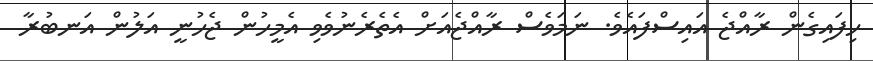
ހިފައިގެން ރާއްޖެ އައިސްފައެވެ. ނަމަވެސް ރާއްޖެއަށް އެތެރެނުވެވި އެމީހުން ޖެހުނީ އަލުން އަނބުރާ